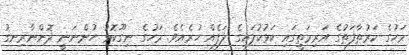
މަހުގެ ކަރުތާފަތުގެ އަަރިމަތީގައި ކަޅުކުލައިގެ ލަފެއް ހުރެއެވެ. މަހުގެ ނިގޫކޮޅު ހުންނަނީ ދޮންނާރިނގު